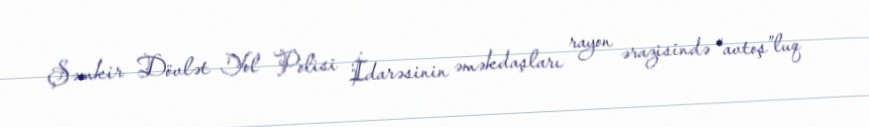
Şəmkir Dövlət Yol Polisi İdarəsinin əməkdaşları rayon ərazisində “avtoş”luq